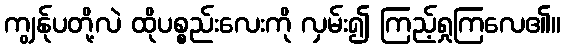
ကျွန်ုပတို့လဲ ထိုပစ္စည်းလေးကို လှမ်း၍ ကြည့်ရှုကြလေ၏။